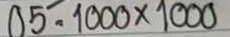
05 = 1000 x 1000